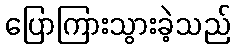
ပြောကြားသွားခဲ့သည်